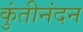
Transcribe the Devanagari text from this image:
कुंतीनंदन